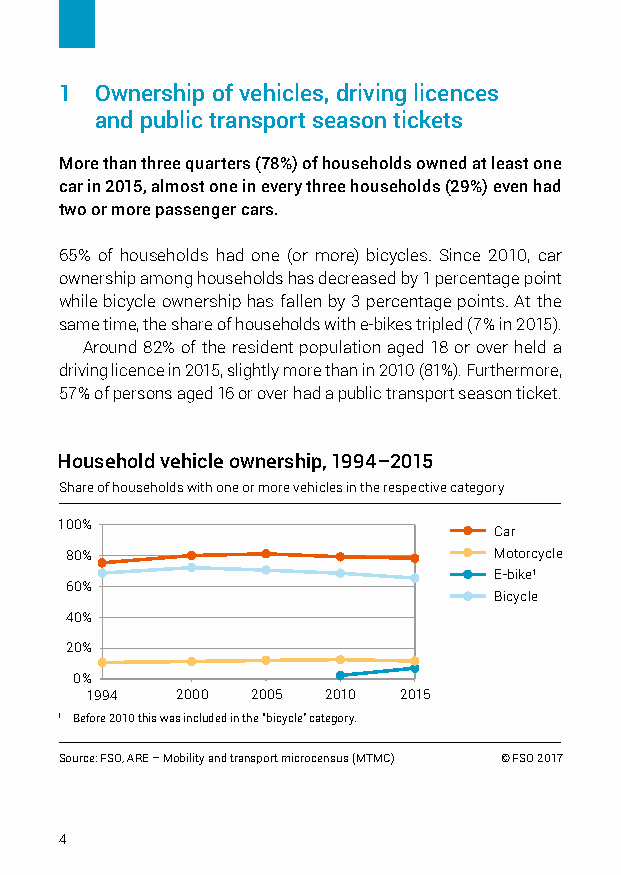
1 O wnership of vehicles, driving licences
 and public transport season tickets
 More than three quarters (78%) of households owned at least one
 car in 2015, almost one in every three households (29%) even had
 two or more passenger cars.
 65% of households had one (or more) bicycles. Since 2010, car
 owner ship among households has decreased by 1 percentage point
 while bicycle ownership has fallen by 3 percentage points. At the
 same time, the share of households with e-bikes tripled (7% in 2015).
 Around 82% of the resident population aged 18 or over held a
 driving licence in 2015, slightly more than in 2010 (81%). Furthermore,
 57% of persons aged 16 or over had a public transport season ticket.
 Household vehicle ownership, 1994–2015
 Share of households with one or more vehicles in the respective category
 100%
 Car
 80%                          Motorcycle
 E-bike1
 60%
 Bicycle
 40%
 20%
 0%
 1994  2000 2005 2010 2015
 1 Before 2010 this was included in the “bicycle” category.
 Source: FSO, ARE – Mobility and transport microcensus (MTMC) © FSO 2017
 4